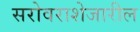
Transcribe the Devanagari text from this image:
सरोवराशेजारील